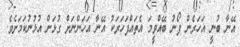
އޭނާ ބުނީ އަހަރެން ފޯނު ބޭއްވީމަ އެތައްފަހަރަކު އޭނާ އަހަންނަށް ގުޅަން އުޅުނުކަމަށެވެ.